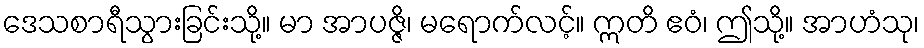
ဒေသစာရီသွားခြင်းသို့။ မာ အာပဇ္ဇိ၊ မရောက်လင့်။ ဣတိ ဧဝံ၊ ဤသို့။ အာဟံသု၊